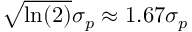
\sqrt { \ln ( 2 ) } \sigma _ { p } \approx 1 . 6 7 \sigma _ { p }